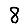
Digit: 8